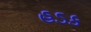
હડક